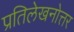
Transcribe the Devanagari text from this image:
प्रतिलेखनोत्तर